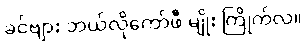
ခင်ဗျား ဘယ်လိုကော်ဖီ မျိုး ကြိုက်လဲ။